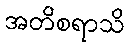
အတိစရာသိ